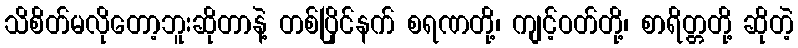
သိစိတ်မလိုတော့ဘူးဆိုတာနဲ့ တစ်ပြိုင်နက် စရဏတို့၊ ကျင့်ဝတ်တို့၊ စာရိတ္တတို့ ဆိုတဲ့